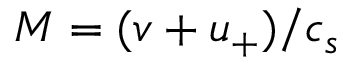
M = ( v + u _ { + } ) / c _ { s }